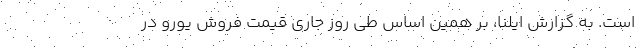
است. به گزارش ایلنا، بر همین‌ اساس طی روز جاری قیمت فروش یورو در